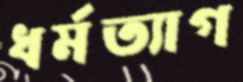
ধর্মত্যাগ